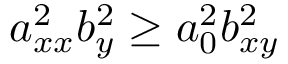
a _ { x x } ^ { 2 } b _ { y } ^ { 2 } \geq a _ { 0 } ^ { 2 } b _ { x y } ^ { 2 }